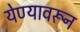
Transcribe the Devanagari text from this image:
येण्यावरून